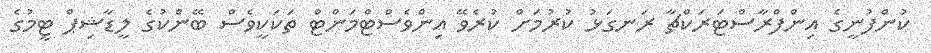
ކުންފުނީގެ އިންފްރާސްޓަރަކްޗާ ރަނގަޅު ކުރުމަށް ކުރެވޭ އިންވެސްޓްމަންޓް ތަކަކީވެސް ބޭންކުގެ ލީޑާޝިޕް ޓީމުގެ